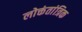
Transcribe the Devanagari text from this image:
लोक्तंतांत्रिक